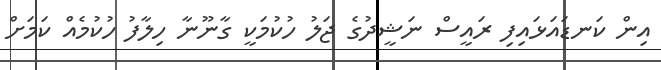
އިން ކަނޑައަޅައިފި ރައީސް ނަޝީދުގެ ޖަލު ހުކުމަކީ ގާނޫނާ ހިލާފު ހުކުމެއް ކަމަށް